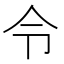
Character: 令